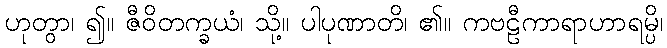
ဟုတွာ၊ ၍။ ဇီဝိတက္ခယံ၊ သို့။ ပါပုဏာတိ၊ ၏။ ကဗဠီကာရာဟာရမ္ပိ၊